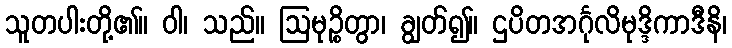
သူတပါးတို့၏။ ဝါ၊ သည်။ ဩမုဉ္စိတွာ၊ ချွတ်၍။ ဌပိတအင်္ဂုလိမုဒ္ဒိကာဒီနိ၊